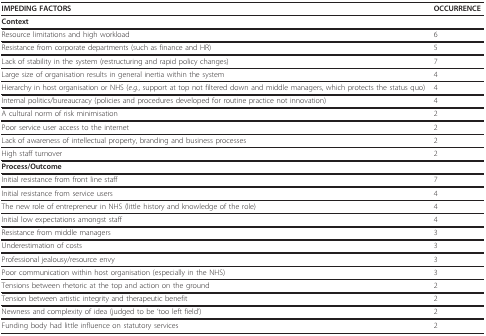
<table><thead><tr><td><b>IMPEDING FACTORS</b></td><td><b>OCCURRENCE</b></td></tr></thead><tbody><tr><td><b>Context</b></td><td></td></tr><tr><td>Resource limitations and high workload</td><td>6</td></tr><tr><td>Resistance from corporate departments (such as finance and HR)</td><td>5</td></tr><tr><td>Lack of stability in the system (restructuring and rapid policy changes)</td><td>7</td></tr><tr><td>Large size of organisation results in general inertia within the system</td><td>4</td></tr><tr><td>Hierarchy in host organisation or NHS (<i>e.g</i>., support at top not filtered down and middle managers, which protects the status quo)</td><td>4</td></tr><tr><td>Internal politics/bureaucracy (policies and procedures developed for routine practice not innovation)</td><td>4</td></tr><tr><td>A cultural norm of risk minimisation</td><td>2</td></tr><tr><td>Poor service user access to the internet</td><td>2</td></tr><tr><td>Lack of awareness of intellectual property, branding and business processes</td><td>2</td></tr><tr><td>High staff turnover</td><td>2</td></tr><tr><td><b>Process/Outcome</b></td><td></td></tr><tr><td>Initial resistance from front line staff</td><td>7</td></tr><tr><td>Initial resistance from service users</td><td>4</td></tr><tr><td>The new role of entrepreneur in NHS (little history and knowledge of the role)</td><td>4</td></tr><tr><td>Initial low expectations amongst staff</td><td>4</td></tr><tr><td>Resistance from middle managers</td><td>3</td></tr><tr><td>Underestimation of costs</td><td>3</td></tr><tr><td>Professional jealousy/resource envy</td><td>3</td></tr><tr><td>Poor communication within host organisation (especially in the NHS)</td><td>3</td></tr><tr><td>Tensions between rhetoric at the top and action on the ground</td><td>2</td></tr><tr><td>Tension between artistic integrity and therapeutic benefit</td><td>2</td></tr><tr><td>Newness and complexity of idea (judged to be &#x27;too left field&#x27;)</td><td>2</td></tr><tr><td>Funding body had little influence on statutory services</td><td>2</td></tr></tbody></table>